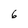
Character: 6